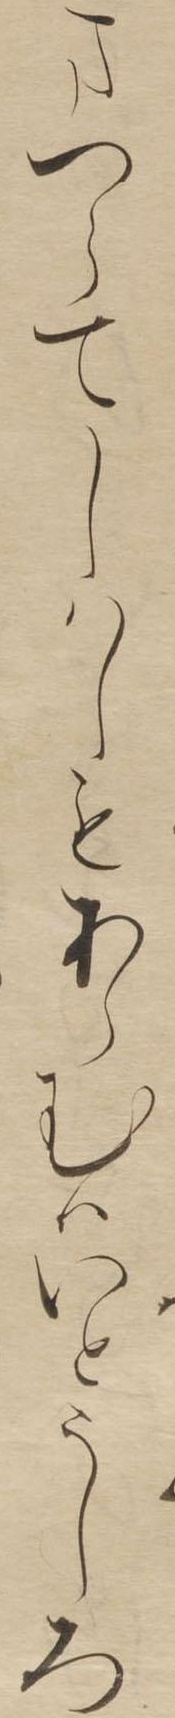
まつらてしはしもあらむはいとうしろ